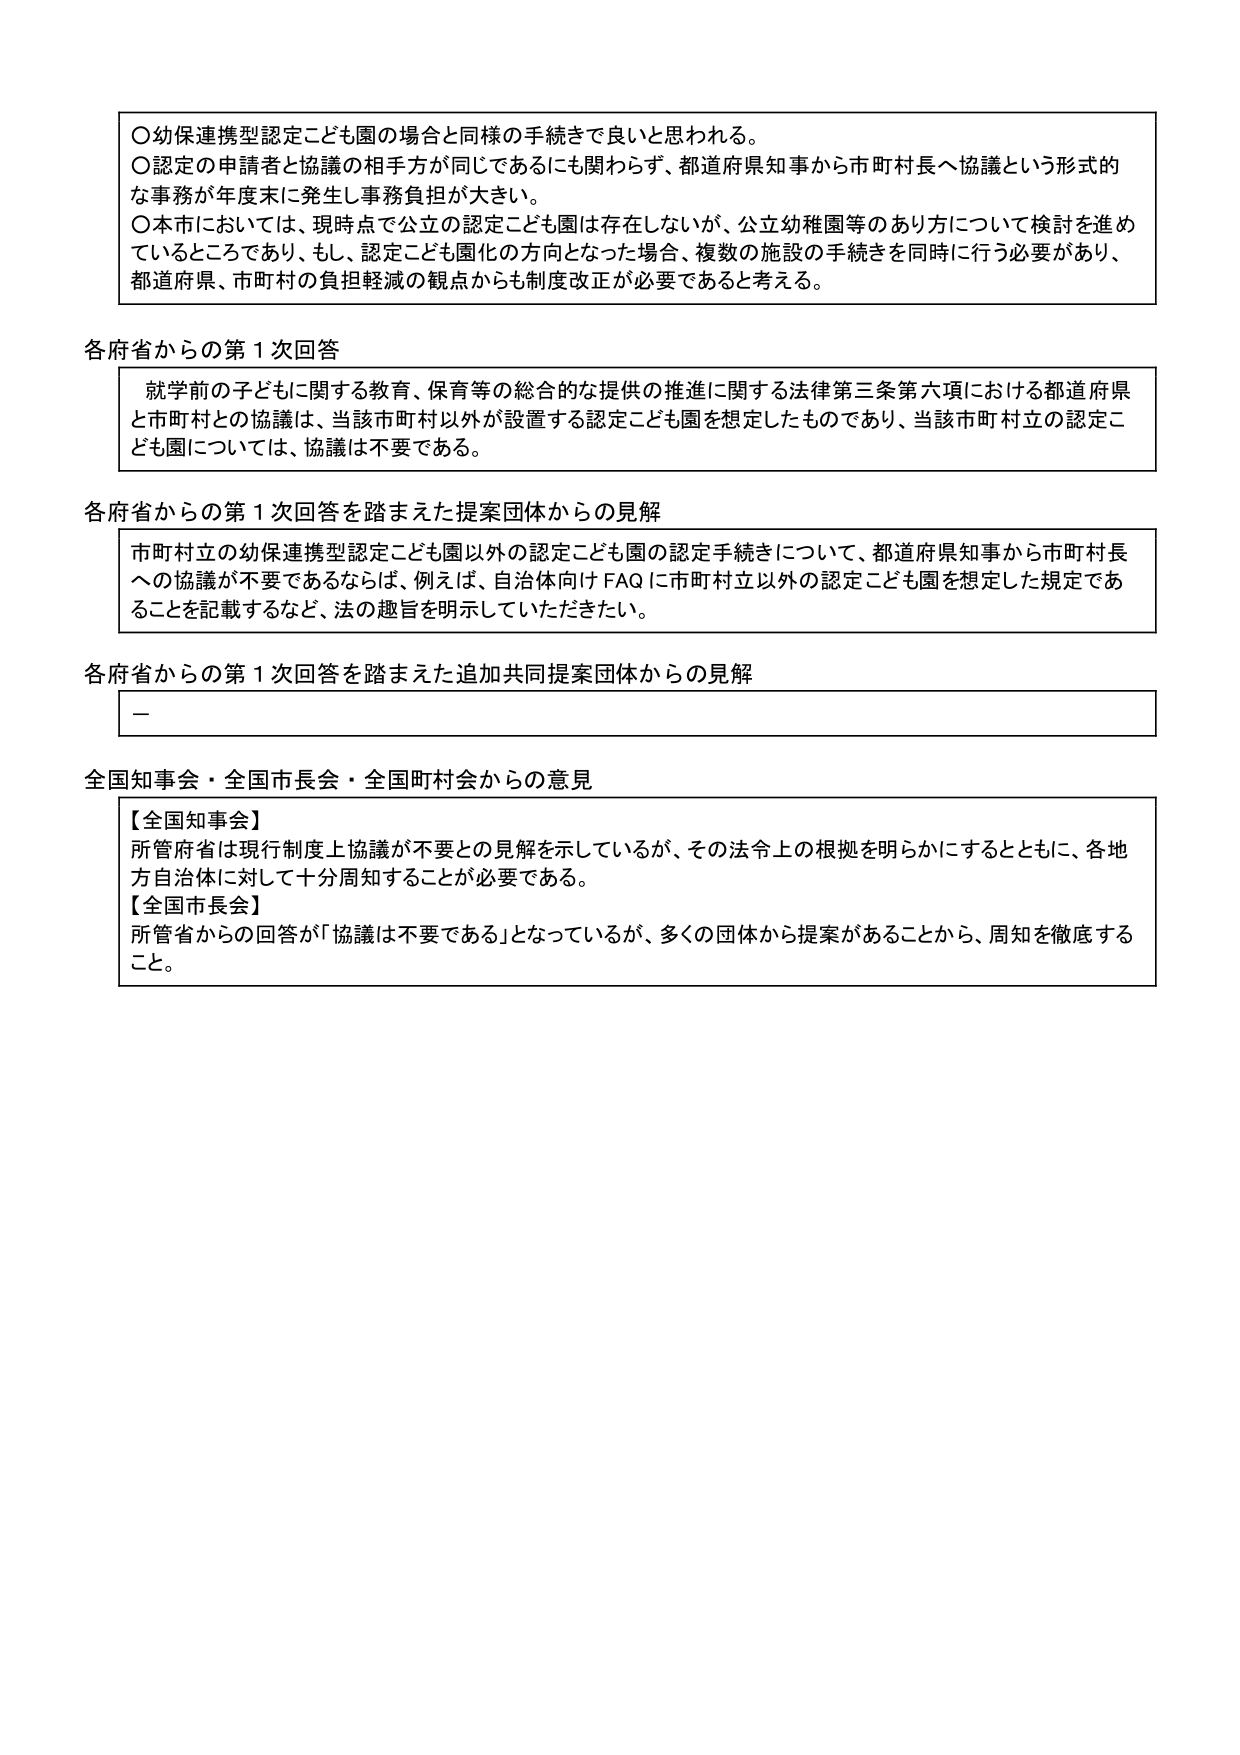
〇幼保連携型認定こども園の場合と同様の手続きで良いと思われる。
〇認定の申請者と協議の相手方が同じであるにも関わらず、都道府県知事から市町村長へ協議という形式的な事務が年度末に発生し事務負担が大きい。
〇本市においては、現時点で公立の認定こども園は存在しないが、公立幼稚園等のあり方について検討を進めているところであり、もし、認定こども園化の方向となった場合、複数の施設の手続きを同時に行う必要があり、都道府県、市町村の負担軽減の観点からも制度改正が必要であると考える。

各府省からの第１次回答
就学前の子どもに関する教育、保育等の総合的な提供の推進に関する法律第三条第六項における都道府県と市町村との協議は、当該市町村以外が設置する認定こども園を想定したものであり、当該市町村立の認定こども園については、協議は不要である。

各府省からの第１次回答を踏まえた提案団体からの見解
市町村立の幼保連携型認定こども園以外の認定こども園の認定手続きについて、都道府県知事から市町村長への協議が不要であるならば、例えば、自治体向けFAQに市町村立以外の認定こども園を想定した規定であることを記載するなど、法の趣旨を明示していただきたい。

各府省からの第１次回答を踏まえた追加共同提案団体からの見解
－

全国知事会・全国市長会・全国町村会からの意見
【全国知事会】
所管府省は現行制度上協議が不要との見解を示しているが、その法令上の根拠を明らかにするとともに、各地方自治体に対して十分周知することが必要である。
【全国市長会】
所管省からの回答が「協議は不要である」となっているが、多くの団体から提案があることから、周知を徹底すること。